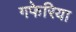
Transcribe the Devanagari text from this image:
गफेरिया